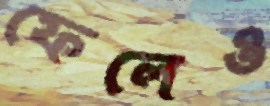
ফেলেও